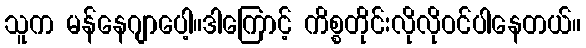
သူက မန်နေဂျာပေါ့။ဒါကြောင့် ကိစ္စတိုင်းလိုလိုဝင်ပါနေတယ်။